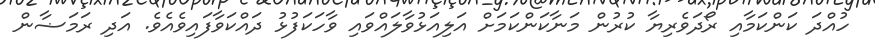
ހުއްދަ ކަންކަމާއި ރޯދަވެރިޔާ ކުރުން މަނާކަންކަމަށް އަލިއަޅުވާލައްވައި ވާހަކަފުޅު ދައްކަވާފައިވެއެވެ. އަދި ރަމަޟާން